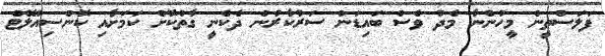
ފަލަސްތީން މީހުންނާ މެދު ވެސް ބައިޑަން ސަރުކާރުން ދެކެނީ ގާތްކޮށް ކަމަށާއި ކޮންސިއުލޭޓް